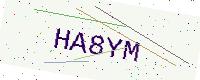
Text: HA8YM